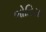
ભોતિયા